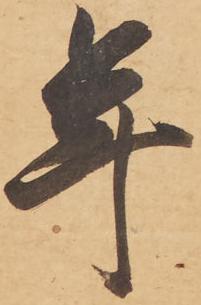
年